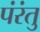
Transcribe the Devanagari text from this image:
पंरंतु